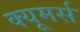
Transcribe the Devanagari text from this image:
क्यूमर्स